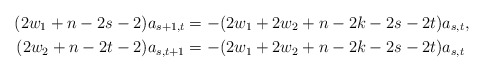
\begin{align*} (2w_1 + n - 2s - 2)a_{s+1,t} & = -(2w_1 + 2w_2 + n - 2k - 2s - 2t)a_{s,t} , \\ (2w_2 + n - 2t - 2)a_{s,t+1} & = -(2w_1 + 2w_2 + n - 2k - 2s - 2t)a_{s,t} \end{align*}